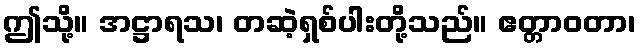
ဤသို့။ အဋ္ဌာရသ၊ တဆဲ့ရှစ်ပါးတို့သည်။ ဧတ္တာဝတာ၊